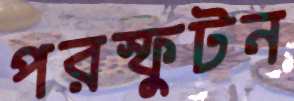
পরস্ফুটন